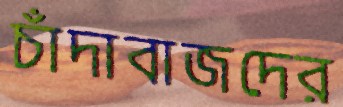
চাঁদাবাজদের